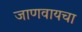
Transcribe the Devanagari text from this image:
जाणवायचा